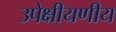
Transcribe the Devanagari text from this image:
उपेक्षीयणीय